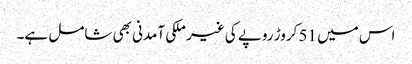
اس میں 51 کروڑ روپے کی غیر ملکی آمدنی بھی شامل ہے۔